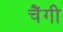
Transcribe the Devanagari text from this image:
चैंगी